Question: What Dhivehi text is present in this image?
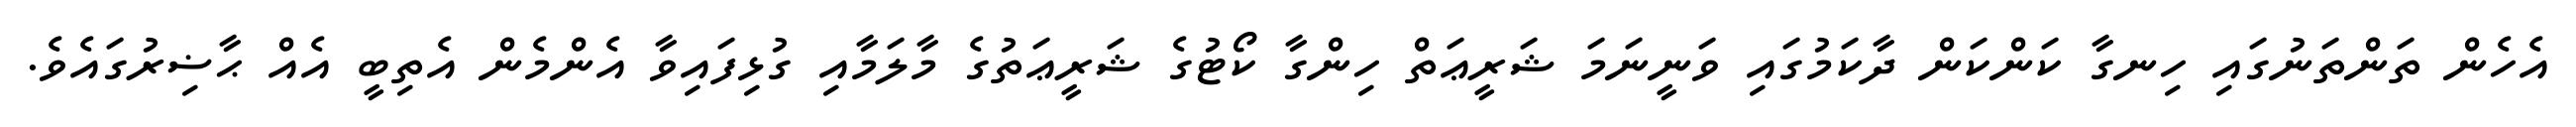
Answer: އެހެން ތަންތަނުގައި ހިނގާ ކަންކަން ދާކަމުގައި ވަނީނަމަ ޝަރީޢަތް ހިންގާ ކޯޓުގެ ޝަރީޢަތުގެ މާލަމާއި ގުޅިފައިވާ އެންމެން އެތިބީ އެއް ޙާޟިރުގައެވެ.